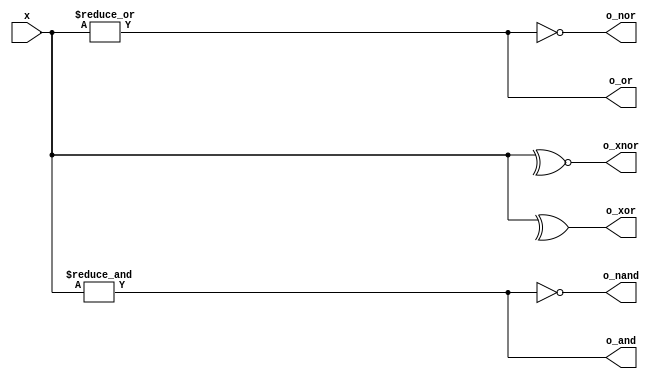
module top
(
 input [7:0] x,

 output o_and,
 output o_or,
 output o_xor,
 output o_nand,
 output o_nor,
 output o_xnor
 );

assign o_and =  &x;
assign o_or =  |x;
assign o_xor =  ^x;
assign o_nand =  ~&x;
assign o_nor =  ~|x;
assign o_xnor =  ~^x;

endmodule